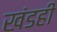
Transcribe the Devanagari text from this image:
खंडही